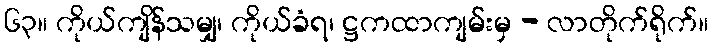
၆၃။ ကိုယ်ကျိန်သမျှ၊ ကိုယ်ခံရ၊ ဋ္ဌကထာကျမ်းမှ - လာတိုက်ရိုက်။